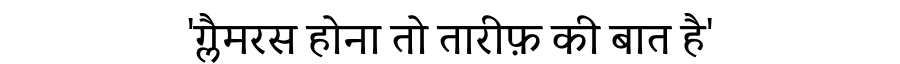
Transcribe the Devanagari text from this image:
'ग्लैमरस होना तो तारीफ़ की बात है'